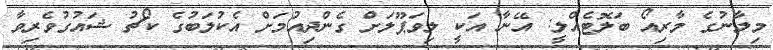
މިލާނުގެ މާރިއޯ ބަލޮޓެއްލީ: އޭނާ އަކީ ލިވަޕޫލަށް ގެންދިއުމަށް އެކުލަބުގެ ކޯޗު ޝައުގުވެރިވާ